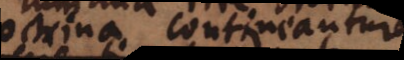
doctrina contineantur,